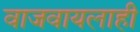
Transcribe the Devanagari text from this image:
वाजवायलाही